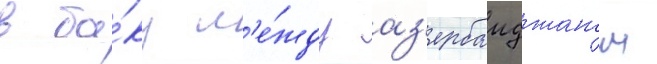
в ба́ку м'е́жду аз'ербаиджаном